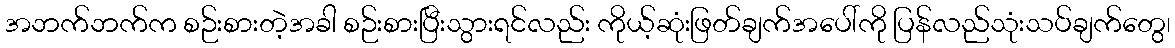
အဘက်ဘက်က စဉ်းစားတဲ့အခါ စဉ်းစားပြီးသွားရင်လည်း ကိုယ့်ဆုံးဖြတ်ချက်အပေါ်ကို ပြန်လည်သုံးသပ်ချက်တွေ၊